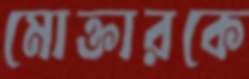
মোক্তারকে